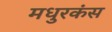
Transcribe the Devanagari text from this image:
मधुरकंस